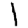
Digit: 1